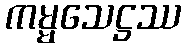
ကမ္မသေဋ္ဌဿ